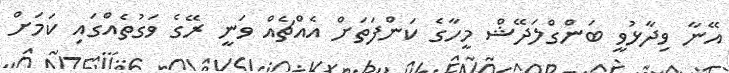
އޭނާ ވިދާޅުވީ ބަންގްލަދޭޝް މީހާގެ ކަންފަތަށް އެއްޗެއް ވަނީ ރޭގެ ވަގުތެއްގައި ކަމަށް